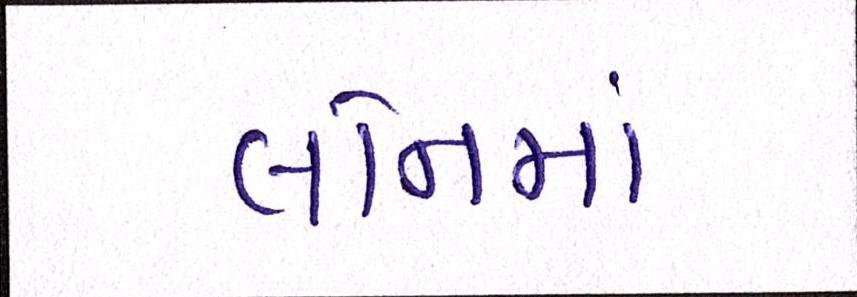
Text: લોનમાં